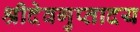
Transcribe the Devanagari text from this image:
श्रीदेवगुप्तादय